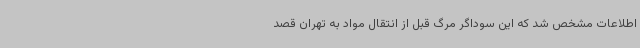
اطلاعات مشخص شد که این سوداگر مرگ قبل از انتقال مواد به تهران قصد